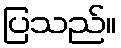
ပြသည်။